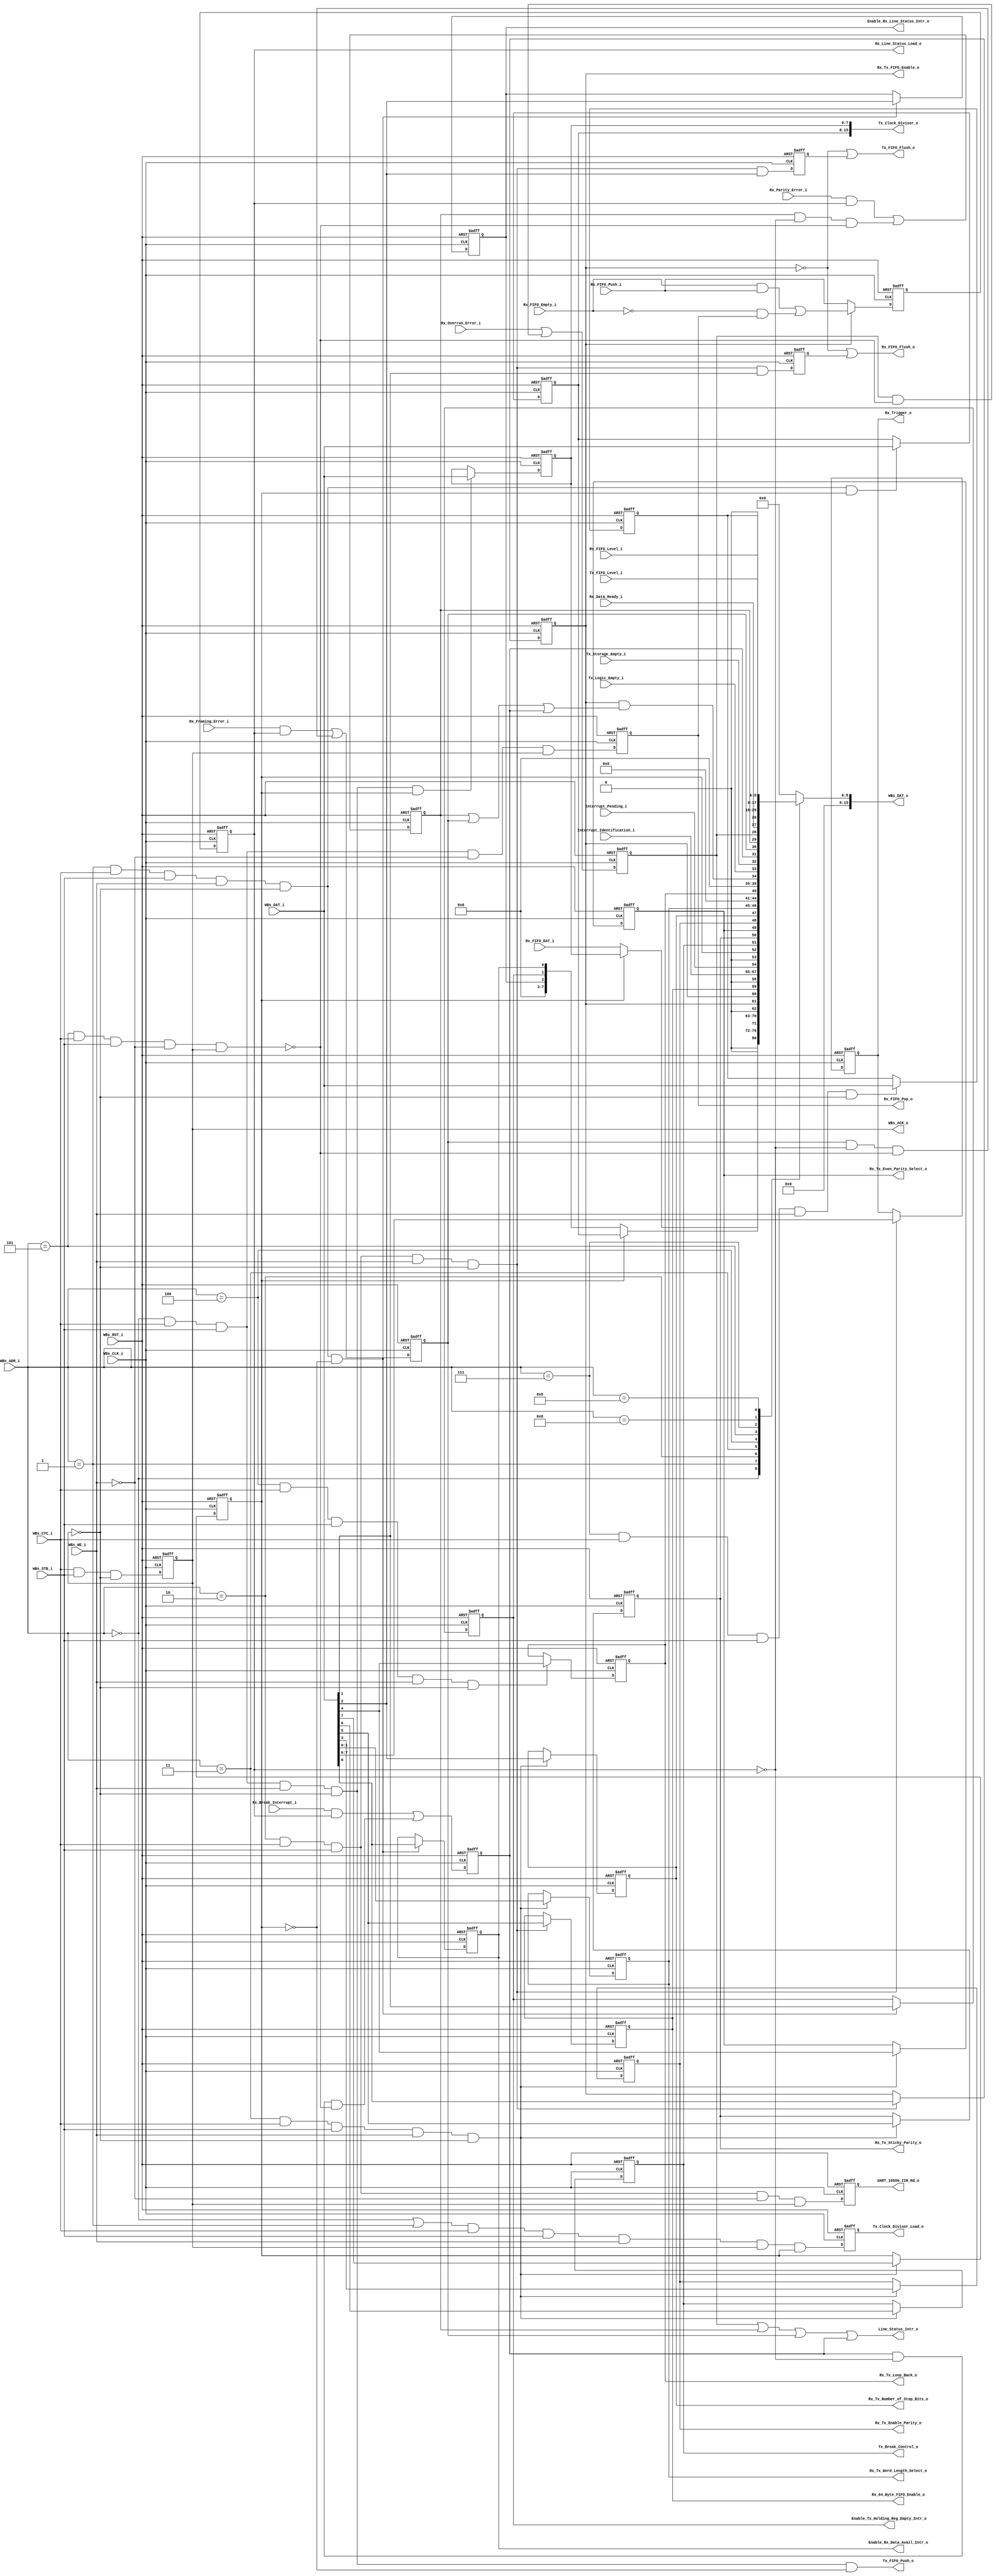
// -----------------------------------------------------------------------------
// title          : UART 16550 Register Module
// project        : Tamar2 Device
// -----------------------------------------------------------------------------
// company        : QuickLogic Corp
// last update    : 2016/02/22
// platform       : ArcticLink 4 S3B
// standard       : Verilog 2001
// -----------------------------------------------------------------------------
// description: The UART 16550 is designed for use in the fabric of the
//              AL4S3B. The only AL4S3B specific portion are the Rx and Tx
//              FIFOs. The remaining logic is a generic UART based on a single
//              clock network. There are no derived clocks as in some designs.
// -----------------------------------------------------------------------------
// copyright (c) 2016
// -----------------------------------------------------------------------------
// revisions  :
// date            version    author         description
// 2016/02/03      1.0        Glen Gomes     Initial Release
//
// -----------------------------------------------------------------------------
// Comments: This solution is specifically for use with the QuickLogic
//           AL4S3B device. 
// -----------------------------------------------------------------------------
//

`timescale 1ns / 10ps


module UART_16550_Registers ( 

                         // AHB-To_Fabric Bridge I/F
                         //
                         WBs_ADR_i,
                         WBs_CYC_i,
                         WBs_WE_i,
                         WBs_STB_i,
                         WBs_DAT_i,
                         WBs_CLK_i,
                         WBs_RST_i,
                         WBs_DAT_o,
                         WBs_ACK_o,

                         // Tx
                         //
                         Tx_FIFO_Flush_o,
                         Tx_FIFO_Push_o,
                         Tx_FIFO_Level_i,
                         Tx_Clock_Divisor_o,
                         Tx_Clock_Divisor_Load_o,
                         Tx_Storage_Empty_i,
                         Tx_Logic_Empty_i,
                         Tx_Break_Control_o,

                         // Rx
                         //
                         Rx_FIFO_Empty_i,
                         Rx_FIFO_Level_i,

                         Rx_FIFO_Flush_o,
                         Rx_FIFO_Push_i,
                         Rx_FIFO_Pop_o,
                         Rx_FIFO_DAT_i,
                         Rx_Data_Ready_i,

                         Rx_Overrun_Error_i,
                         Rx_Parity_Error_i,
                         Rx_Framing_Error_i,
                         Rx_Break_Interrupt_i,

                         Rx_Line_Status_Load_o,

                         // Rx & Tx Common Signals
                         //
                         Rx_Tx_FIFO_Enable_o,

                         Rx_Tx_Word_Length_Select_o,
                         Rx_Tx_Number_of_Stop_Bits_o,
                         Rx_Tx_Enable_Parity_o,
                         Rx_Tx_Even_Parity_Select_o,
                         Rx_Tx_Sticky_Parity_o,

                         Rx_Tx_Loop_Back_o,

                         // Interrupt
                         Rx_64_Byte_FIFO_Enable_o,
                         Rx_Trigger_o,

                         Interrupt_Pending_i,
                         Interrupt_Identification_i,

                         Enable_Rx_Data_Avail_Intr_o,
                         Enable_Tx_Holding_Reg_Empty_Intr_o,
                         Enable_Rx_Line_Status_Intr_o,

                         Line_Status_Intr_o,

                         UART_16550_IIR_Rd_o

                         );


//------Port Parameters----------------
//

parameter                ADDRWIDTH                   =   4;   // Allow for up to 128 registers in the fabric
parameter                DATAWIDTH                   =   8;   // Allow for up to 128 registers in the fabric

parameter                UART_16550_RBR              =  4'h0; // Receiver    Buffer   Register -> Read  Only; DLAB = 0
parameter                UART_16550_THR              =  4'h0; // Transmitter Holding  Register -> Write Only; DLAB = 0
parameter                UART_16550_IER              =  4'h1; // Interrupt   Enable   Register -> R/W       ; DLAB = 0
parameter                UART_16550_IIR              =  4'h2; // Interrupt   ID       Register -> Read  Only; DLAB = x
parameter                UART_16550_FCR              =  4'h2; // FIFO        Control  Register -> Write Only; DLAB = x
parameter                UART_16550_LCR              =  4'h3; // Line        Control  Register -> R/W       ; DLAB = x
parameter                UART_16550_MCR              =  4'h4; // Modem       Control  Register -> R/W       ; DLAB = x
parameter                UART_16550_LSR              =  4'h5; // Line        Status   Register -> R         ; DLAB = x
parameter                UART_16550_MSR              =  4'h6; // Modem       Status   Register -> R         ; DLAB = x
parameter                UART_16550_SCR              =  4'h7; // Scratch              Register -> R/W       ; DLAB = x
parameter                UART_16550_DLL              =  4'h0; // Divisor     Latch LS Register -> R/W       ; DLAB = 1
parameter                UART_16550_DLM              =  4'h1; // Divisor     Latch MS Register -> R/W       ; DLAB = 1
parameter                UART_16550_RX_FIFO_LEVEL    =  4'h8; // Extended    Register Register -> R         ; DLAB = x
parameter                UART_16550_TX_FIFO_LEVEL    =  4'h9; // Extended    Register Register -> R         ; DLAB = x


parameter                UART_16550_IER_DEFAULT      =  8'h0; // Interrupt   Enable   Register -> R/W       ; DLAB = 0
parameter                UART_16550_FCR_DEFAULT      =  8'h0; // FIFO        Control  Register -> Write Only; DLAB = x
parameter                UART_16550_LCR_DEFAULT      =  8'h0; // Line        Control  Register -> R/W       ; DLAB = x
parameter                UART_16550_MCR_DEFAULT      =  8'h0; // Modem       Control  Register -> R/W       ; DLAB = x
parameter                UART_16550_SCR_DEFAULT      =  8'h0; // Scratch              Register -> R/W       ; DLAB = x
parameter                UART_16550_DLL_DEFAULT      =  8'h0; // Divisor     Latch LS Register -> R/W       ; DLAB = 1
parameter                UART_16550_DLM_DEFAULT      =  8'h0; // Divisor     Latch MS Register -> R/W       ; DLAB = 1


//------Port Signals-------------------
//

// AHB-To_Fabric Bridge I/F
//
input   [ADDRWIDTH-1:0]  WBs_ADR_i;           // Address Bus                to   Fabric
input                    WBs_CYC_i;           // Cycle Chip Select          to   Fabric
input                    WBs_WE_i;            // Write Enable               to   Fabric
input                    WBs_STB_i;           // Strobe Signal              to   Fabric
input   [DATAWIDTH-1:0]  WBs_DAT_i;           // Write Data Bus             to   Fabric
input                    WBs_CLK_i;           // Fabric Clock               from Fabric
input                    WBs_RST_i;           // Fabric Reset               to   Fabric
output           [15:0]  WBs_DAT_o;           // Read Data Bus              from Fabric
output                   WBs_ACK_o;           // Transfer Cycle Acknowledge from Fabric

// Tx
//
output                   Tx_FIFO_Flush_o;
output                   Tx_FIFO_Push_o;
input             [8:0]  Tx_FIFO_Level_i;
output           [15:0]  Tx_Clock_Divisor_o;
output                   Tx_Clock_Divisor_Load_o;
input                    Tx_Storage_Empty_i;
input                    Tx_Logic_Empty_i;
output                   Tx_Break_Control_o;

// Rx
//
input                    Rx_FIFO_Empty_i;
input             [8:0]  Rx_FIFO_Level_i;

output                   Rx_FIFO_Flush_o;
input                    Rx_FIFO_Push_i;
output                   Rx_FIFO_Pop_o;
input             [7:0]  Rx_FIFO_DAT_i;
input                    Rx_Data_Ready_i;

input                    Rx_Overrun_Error_i;
input                    Rx_Parity_Error_i;
input                    Rx_Framing_Error_i;
input                    Rx_Break_Interrupt_i;

output                   Rx_Line_Status_Load_o;

// Common to Rx and Tx
//
output                   Rx_Tx_FIFO_Enable_o;

output            [1:0]  Rx_Tx_Word_Length_Select_o;
output                   Rx_Tx_Number_of_Stop_Bits_o;
output                   Rx_Tx_Enable_Parity_o;
output                   Rx_Tx_Even_Parity_Select_o;
output                   Rx_Tx_Sticky_Parity_o;

output                   Rx_Tx_Loop_Back_o;

// Interrupt
//
output                   Rx_64_Byte_FIFO_Enable_o;
output            [1:0]  Rx_Trigger_o;

input                    Interrupt_Pending_i;
input             [2:0]  Interrupt_Identification_i;

output                   Enable_Rx_Data_Avail_Intr_o;
output                   Enable_Tx_Holding_Reg_Empty_Intr_o;
output                   Enable_Rx_Line_Status_Intr_o;

output                   Line_Status_Intr_o;

output                   UART_16550_IIR_Rd_o;


// Fabric Global Signals
//
wire                     WBs_CLK_i;         // Wishbone Fabric Clock
wire                     WBs_RST_i;         // Wishbone Fabric Reset

// Wishbone Bus Signals
//
wire    [ADDRWIDTH-1:0]  WBs_ADR_i;        // Wishbone Address Bus
wire                     WBs_CYC_i;        // Wishbone Client Cycle  Strobe (i.e. Chip Select)
wire                     WBs_WE_i;         // Wishbone Write  Enable Strobe
wire                     WBs_STB_i;        // Wishbone Transfer      Strobe
wire    [DATAWIDTH-1:0]  WBs_DAT_i;        // Wishbone Write  Data Bus
 
reg              [15:0]  WBs_DAT_o;        // Wishbone Read   Data Bus

reg                      WBs_ACK_o;        // Wishbone Client Acknowledge


// Tx
//
wire                     Tx_FIFO_Flush_o;
wire                     Tx_FIFO_Push_o;
wire              [8:0]  Tx_FIFO_Level_i;

wire             [15:0]  Tx_Clock_Divisor_o;

reg                      Tx_Clock_Divisor_Load_o;
wire                     Tx_Clock_Divisor_Load_o_nxt;

wire                     Tx_Storage_Empty_i;
wire                     Tx_Logic_Empty_i;
wire                     Tx_Break_Control_o;

// Rx
//
wire                     Rx_FIFO_Empty_i;
wire              [8:0]  Rx_FIFO_Level_i;

wire                     Rx_FIFO_Flush_o;
wire                     Rx_FIFO_Push_i;
reg                      Rx_FIFO_Pop_o;           // Receiver Buffer      Register -> Read  Only; DLAB = 0
wire              [7:0]  Rx_FIFO_DAT_i;
wire                     Rx_Data_Ready_i;

wire                     Rx_Overrun_Error_i;
wire                     Rx_Parity_Error_i;
wire                     Rx_Framing_Error_i;
wire                     Rx_Break_Interrupt_i;

reg                      Rx_Line_Status_Load_o;
reg                      Rx_Line_Status_Load_o_prop_dly;
wire                     Rx_Line_Status_Load_o_nxt;

// Common to Rx and Tx
//
wire                     Rx_Tx_FIFO_Enable_o;

wire              [1:0]  Rx_Tx_Word_Length_Select_o;
wire                     Rx_Tx_Number_of_Stop_Bits_o;
wire                     Rx_Tx_Enable_Parity_o;
wire                     Rx_Tx_Even_Parity_Select_o;
wire                     Rx_Tx_Sticky_Parity_o;

wire                     Rx_Tx_Loop_Back_o;

// Interrupt
//
wire                     Rx_64_Byte_FIFO_Enable_o;
wire              [1:0]  Rx_Trigger_o;

wire                     Interrupt_Pending_i;
wire              [2:0]  Interrupt_Identification_i;

wire                     Enable_Rx_Data_Avail_Intr_o;
wire                     Enable_Tx_Holding_Reg_Empty_Intr_o;
wire                     Enable_Rx_Line_Status_Intr_o;

wire                     Line_Status_Intr_o;

reg                      UART_16550_IIR_Rd_o;


//------Define Parameters--------------
//

//
// None at this time
//

//------Internal Signals---------------
//

wire                     UART_16550_RBR_Rd_Dcd;   // Receiver Buffer      Register -> Read  Only; DLAB = 0

wire                     UART_16550_LSR_Rd_Dcd;   // Modem Status         Register -> Read  Only; DLAB = 0

wire                     UART_16550_IIR_Rd_Dcd;   // Interrupt   ID       Register -> Read  Only; DLAB = x

wire                     UART_16550_THR_Wr_Dcd;   // Transmitter Holding  Register -> Write Only; DLAB = 0
wire                     UART_16550_IER_Wr_Dcd;   // Interrupt   Enable   Register -> R/W       ; DLAB = 0
wire                     UART_16550_FCR_Wr_Dcd;   // FIFO        Control  Register -> Write Only; DLAB = x
wire                     UART_16550_LCR_Wr_Dcd;   // Line        Control  Register -> R/W       ; DLAB = x
wire                     UART_16550_MCR_Wr_Dcd;   // Modem       Control  Register -> R/W       ; DLAB = x
wire                     UART_16550_SCR_Wr_Dcd;   // Scratch              Register -> R/W       ; DLAB = x
wire                     UART_16550_DLL_Wr_Dcd;   // Divisor     Latch LS Register -> R/W       ; DLAB = 1
wire                     UART_16550_DLM_Wr_Dcd;   // Divisor     Latch MS Register -> R/W       ; DLAB = 1


// Interrupt Enable Register
//
reg                      IER_Enable_Rx_Data_Avail_Intr;
reg                      IER_Enable_Tx_Holding_Reg_Empty_Intr;
reg                      IER_Enable_Rx_Line_Status_Intr;


// Interrupt Identification Register
//
wire                     IIR_Interrupt_Pending;
wire              [2:0]  IIR_Interrupt_Identification;


// FIFO Control Register
//
reg                      FCR_Enable_FIFO;

reg                      FCR_Rx_FIFO_Rst;
wire                     FCR_Rx_FIFO_Rst_nxt;

reg                      FCR_Tx_FIFO_Rst;
wire                     FCR_Tx_FIFO_Rst_nxt;

reg                      FCR_64_Byte_FIFO_Enable; // Reserved bit

reg               [1:0]  FCR_Rx_Trigger;


// Line Control Register
//
reg               [1:0]  LCR_Word_Length_Select;
reg                      LCR_Number_of_Stop_Bits;
reg                      LCR_Enable_Parity;
reg                      LCR_Even_Parity_Select;
reg                      LCR_Sticky_Parity;
reg                      LCR_Break_Control;
reg                      LCR_Divisor_Latch_Access_Bit;

wire              [7:0]  LCR_DLAB_Adr0_Sel;
wire              [7:0]  LCR_DLAB_Adr1_Sel;


// Modem Control Register
//
reg                      MCR_Loop_Back;


// Line Status Register
//
wire                     LSR_Rx_Data_Ready;

reg                      LSR_Rx_Overrun_Error;
wire                     LSR_Rx_Overrun_Error_nxt;

reg                      LSR_Rx_Parity_Error;
wire                     LSR_Rx_Parity_Error_nxt;

reg                      LSR_Rx_Framing_Error;
wire                     LSR_Rx_Framing_Error_nxt;

reg                      LSR_Rx_Break_Interrupt;
wire                     LSR_Rx_Break_Interrupt_nxt;

wire                     LSR_Tx_Storage_Empty;
wire                     LSR_Tx_Logic_Empty;
wire                     LSR_Rx_FIFO_Data_Error;


// Scratch Register
//
reg               [7:0]  SCR_Scratch_Reg;


// Divisor Registers
//
reg               [7:0]  DLL_Divisor_LSB_Reg;
reg               [7:0]  DLM_Divisor_MSB_Reg;


//------Logic Operations---------------
//

// Determine each register decode
//
assign UART_16550_RBR_Rd_Dcd = ( WBs_ADR_i == UART_16550_RBR) & WBs_CYC_i & WBs_STB_i & (~WBs_WE_i)  & ( WBs_ACK_o)                                   ;
assign UART_16550_LSR_Rd_Dcd = ( WBs_ADR_i == UART_16550_LSR) & WBs_CYC_i & WBs_STB_i & (~WBs_WE_i)  & ( WBs_ACK_o)                                   ;
assign UART_16550_IIR_Rd_Dcd = ( WBs_ADR_i == UART_16550_IIR) & WBs_CYC_i & WBs_STB_i & (~WBs_WE_i)  & ( WBs_ACK_o)                                   ;

assign UART_16550_THR_Wr_Dcd = ( WBs_ADR_i == UART_16550_THR) & WBs_CYC_i & WBs_STB_i &   WBs_WE_i   & (~WBs_ACK_o) & (~LCR_Divisor_Latch_Access_Bit) ;
assign UART_16550_IER_Wr_Dcd = ( WBs_ADR_i == UART_16550_IER) & WBs_CYC_i & WBs_STB_i &   WBs_WE_i   & (~WBs_ACK_o) & (~LCR_Divisor_Latch_Access_Bit) ;
assign UART_16550_FCR_Wr_Dcd = ( WBs_ADR_i == UART_16550_FCR) & WBs_CYC_i & WBs_STB_i &   WBs_WE_i   & (~WBs_ACK_o)                                   ;
assign UART_16550_LCR_Wr_Dcd = ( WBs_ADR_i == UART_16550_LCR) & WBs_CYC_i & WBs_STB_i &   WBs_WE_i   & (~WBs_ACK_o)                                   ;
assign UART_16550_MCR_Wr_Dcd = ( WBs_ADR_i == UART_16550_MCR) & WBs_CYC_i & WBs_STB_i &   WBs_WE_i   & (~WBs_ACK_o)                                   ;
assign UART_16550_SCR_Wr_Dcd = ( WBs_ADR_i == UART_16550_SCR) & WBs_CYC_i & WBs_STB_i &   WBs_WE_i   & (~WBs_ACK_o)                                   ;
assign UART_16550_DLL_Wr_Dcd = ( WBs_ADR_i == UART_16550_DLL) & WBs_CYC_i & WBs_STB_i &   WBs_WE_i   & (~WBs_ACK_o) &   LCR_Divisor_Latch_Access_Bit  ;
assign UART_16550_DLM_Wr_Dcd = ( WBs_ADR_i == UART_16550_DLM) & WBs_CYC_i & WBs_STB_i &   WBs_WE_i   & (~WBs_ACK_o) &   LCR_Divisor_Latch_Access_Bit  ;


// Detemine when to load the Divisor into the Baud 16x counter of the Tx Logic
//
assign Tx_Clock_Divisor_Load_o_nxt = (( WBs_ADR_i == UART_16550_DLL)
                                   |  ( WBs_ADR_i == UART_16550_DLM)) & WBs_CYC_i & WBs_STB_i &   WBs_WE_i   & ( WBs_ACK_o) & LCR_Divisor_Latch_Access_Bit;


// Define the Acknowledge back to the host for registers
//
assign WBs_ACK_o_nxt         =   WBs_CYC_i & WBs_STB_i & (~WBs_ACK_o);


// Determine the FIFO "Flush" bits
//
// Note: These bits are self clearing after flushing the target FIFO(s)
//
assign FCR_Rx_FIFO_Rst_nxt   =   (UART_16550_FCR_Wr_Dcd) & WBs_DAT_i[1];
assign FCR_Tx_FIFO_Rst_nxt   =   (UART_16550_FCR_Wr_Dcd) & WBs_DAT_i[2];


// Define the Fabric's Local Registers
//
always @( posedge WBs_CLK_i or posedge WBs_RST_i)
begin
    if (WBs_RST_i)
    begin

        Rx_FIFO_Pop_o                        <=  1'b0;

        // Interrupt Enable Register
        //
        IER_Enable_Rx_Data_Avail_Intr        <= UART_16550_IER_DEFAULT[0]  ;
        IER_Enable_Tx_Holding_Reg_Empty_Intr <= UART_16550_IER_DEFAULT[1]  ;
        IER_Enable_Rx_Line_Status_Intr       <= UART_16550_IER_DEFAULT[2]  ;

        // FIFO Control Register
        //
        FCR_Enable_FIFO                      <= UART_16550_FCR_DEFAULT[0]  ;
        FCR_Rx_FIFO_Rst                      <= UART_16550_FCR_DEFAULT[1]  ;
        FCR_Tx_FIFO_Rst                      <= UART_16550_FCR_DEFAULT[2]  ;
        FCR_64_Byte_FIFO_Enable              <= UART_16550_FCR_DEFAULT[5]  ; // Reserved bit
        FCR_Rx_Trigger                       <= UART_16550_FCR_DEFAULT[7:6];

        // Line Control Register
        //
        LCR_Word_Length_Select               <= UART_16550_LCR_DEFAULT[1:0];
        LCR_Number_of_Stop_Bits              <= UART_16550_LCR_DEFAULT[2]  ;
        LCR_Enable_Parity                    <= UART_16550_LCR_DEFAULT[3]  ;
        LCR_Even_Parity_Select               <= UART_16550_LCR_DEFAULT[4]  ;
        LCR_Sticky_Parity                    <= UART_16550_LCR_DEFAULT[5]  ;
        LCR_Break_Control                    <= UART_16550_LCR_DEFAULT[6]  ;
        LCR_Divisor_Latch_Access_Bit         <= UART_16550_LCR_DEFAULT[7]  ;

        // Modem Control Register
        //
        MCR_Loop_Back                        <= UART_16550_MCR_DEFAULT[4]  ;

        // Line Status Register
        LSR_Rx_Overrun_Error                 <=  1'b0;
        LSR_Rx_Parity_Error                  <=  1'b0;
        LSR_Rx_Framing_Error                 <=  1'b0;
        LSR_Rx_Break_Interrupt               <=  1'b0;

        Rx_Line_Status_Load_o                <=  1'b0;
        Rx_Line_Status_Load_o_prop_dly       <=  1'b0;

        // Scratch Register
        //
        SCR_Scratch_Reg                      <= UART_16550_SCR_DEFAULT;

        // Divisor Registers
        //
        DLL_Divisor_LSB_Reg                  <= UART_16550_DLL_DEFAULT;
        DLM_Divisor_MSB_Reg                  <= UART_16550_DLM_DEFAULT;

        Tx_Clock_Divisor_Load_o              <=  1'b0;
		
        UART_16550_IIR_Rd_o                  <=  1'b0;

        WBs_ACK_o                            <=  1'b0;
    end  
    else
    begin

	    // Delay this clock enable by one cycle past ACK to guarantee hold
		// time into the ASSP during the read operation.
		//
        Rx_FIFO_Pop_o                            <=  UART_16550_RBR_Rd_Dcd;

        // Interrupt Enable Register
        //
        if (UART_16550_IER_Wr_Dcd)
        begin
            IER_Enable_Rx_Data_Avail_Intr        <=  WBs_DAT_i[0];
            IER_Enable_Tx_Holding_Reg_Empty_Intr <=  WBs_DAT_i[1];
            IER_Enable_Rx_Line_Status_Intr       <=  WBs_DAT_i[2];
        end

        // FIFO Control Register
        //
        if (UART_16550_FCR_Wr_Dcd)
        begin
            FCR_Enable_FIFO                      <=  WBs_DAT_i[0];
            FCR_64_Byte_FIFO_Enable              <=  WBs_DAT_i[5]; // Reserved bit
            FCR_Rx_Trigger                       <=  WBs_DAT_i[7:6];
        end

        // These bits should be self clearing after "Flushing" the FIFO(s)
        //
        FCR_Rx_FIFO_Rst                          <=  FCR_Rx_FIFO_Rst_nxt;
        FCR_Tx_FIFO_Rst                          <=  FCR_Tx_FIFO_Rst_nxt;

        // Line Control Register
        //
        if (UART_16550_LCR_Wr_Dcd)
        begin
            LCR_Word_Length_Select               <=  WBs_DAT_i[1:0];
            LCR_Number_of_Stop_Bits              <=  WBs_DAT_i[2];
            LCR_Enable_Parity                    <=  WBs_DAT_i[3];
            LCR_Even_Parity_Select               <=  WBs_DAT_i[4];
            LCR_Sticky_Parity                    <=  WBs_DAT_i[5];
            LCR_Break_Control                    <=  WBs_DAT_i[6];
            LCR_Divisor_Latch_Access_Bit         <=  WBs_DAT_i[7];
        end

        // Modem Control Register
        //
        if (UART_16550_MCR_Wr_Dcd)
        begin
            MCR_Loop_Back                        <=  WBs_DAT_i[4];
        end

        // Line Status Register
        //
        // Note: These registers are cleared by a read from the LSR
        //
        LSR_Rx_Overrun_Error                     <=  LSR_Rx_Overrun_Error_nxt  ;
        LSR_Rx_Parity_Error                      <=  LSR_Rx_Parity_Error_nxt   ;
        LSR_Rx_Framing_Error                     <=  LSR_Rx_Framing_Error_nxt  ;
        LSR_Rx_Break_Interrupt                   <=  LSR_Rx_Break_Interrupt_nxt;

        Rx_Line_Status_Load_o                    <=  Rx_Line_Status_Load_o_prop_dly ;
        Rx_Line_Status_Load_o_prop_dly           <=  Rx_Line_Status_Load_o_nxt      ;

        // Define the Scratch Register 
        //
        if(UART_16550_SCR_Wr_Dcd)
			SCR_Scratch_Reg                      <=  WBs_DAT_i;

        // Divisor Registers
        //
        if(UART_16550_DLL_Wr_Dcd)
            DLL_Divisor_LSB_Reg                  <=  WBs_DAT_i;
 
        if(UART_16550_DLM_Wr_Dcd)
            DLM_Divisor_MSB_Reg                  <=  WBs_DAT_i;

        Tx_Clock_Divisor_Load_o                  <=  Tx_Clock_Divisor_Load_o_nxt;


	    // Delay this clock enable by one cycle past ACK to guarantee hold
		// time into the ASSP during the read operation.
		//
        UART_16550_IIR_Rd_o                      <=  UART_16550_IIR_Rd_Dcd;

        WBs_ACK_o                                <=  WBs_ACK_o_nxt;
    end  
end


// Select the correct data source for the Divisor Latch Access Bit (DLAB)
//
assign LCR_DLAB_Adr0_Sel = LCR_Divisor_Latch_Access_Bit ?          DLL_Divisor_LSB_Reg
		                                                :          Rx_FIFO_DAT_i                         ;

assign LCR_DLAB_Adr1_Sel = LCR_Divisor_Latch_Access_Bit ?          DLM_Divisor_MSB_Reg                        
		                                                : {  5'h0, IER_Enable_Rx_Line_Status_Intr        ,
                                                                   IER_Enable_Tx_Holding_Reg_Empty_Intr  ,
                                                                   IER_Enable_Rx_Data_Avail_Intr        };

// Define the how to read the local registers and memory
//
always @(
         WBs_ADR_i                     or
         FCR_Enable_FIFO               or
         FCR_64_Byte_FIFO_Enable       or
         IIR_Interrupt_Pending         or
         IIR_Interrupt_Identification  or
         LCR_DLAB_Adr0_Sel             or 
         LCR_DLAB_Adr1_Sel             or
         LCR_Divisor_Latch_Access_Bit  or
         LCR_Break_Control             or 
         LCR_Sticky_Parity             or 
         LCR_Even_Parity_Select        or 
         LCR_Enable_Parity             or 
         LCR_Number_of_Stop_Bits       or
         LCR_Word_Length_Select        or
         MCR_Loop_Back                 or 
         LSR_Rx_FIFO_Data_Error        or
         LSR_Tx_Logic_Empty            or
         LSR_Tx_Storage_Empty          or
         LSR_Rx_Break_Interrupt        or
         LSR_Rx_Framing_Error          or
         LSR_Rx_Parity_Error           or
         LSR_Rx_Overrun_Error          or
         LSR_Rx_Data_Ready             or
		 SCR_Scratch_Reg               or
         Rx_FIFO_Level_i               or
         Tx_FIFO_Level_i
 )
 begin
    case(WBs_ADR_i[3:0])
	4'h0                     : WBs_DAT_o  <= { 8'h0, LCR_DLAB_Adr0_Sel             }; // Controlled by the DLAB bit
	4'h1                     : WBs_DAT_o  <= { 8'h0, LCR_DLAB_Adr1_Sel             }; // Controlled by the DLAB bit
    UART_16550_IIR           : WBs_DAT_o  <= { 8'h0, FCR_Enable_FIFO                ,
                                                     FCR_Enable_FIFO                ,
                                                     FCR_64_Byte_FIFO_Enable        ,
                                               1'b0, IIR_Interrupt_Identification   ,
                                                     IIR_Interrupt_Pending         };
    UART_16550_LCR           : WBs_DAT_o  <= { 8'h0, LCR_Divisor_Latch_Access_Bit   ,
                                                     LCR_Break_Control              ,
                                                     LCR_Sticky_Parity              ,
                                                     LCR_Even_Parity_Select         ,
                                                     LCR_Enable_Parity              ,
                                                     LCR_Number_of_Stop_Bits        ,
                                                     LCR_Word_Length_Select        };
    UART_16550_MCR           : WBs_DAT_o  <= {11'h0, MCR_Loop_Back                  ,
                                               4'h0                                }; 
    UART_16550_LSR           : WBs_DAT_o  <= { 8'h0, LSR_Rx_FIFO_Data_Error         ,
                                                     LSR_Tx_Logic_Empty             ,
                                                     LSR_Tx_Storage_Empty           ,
                                                     LSR_Rx_Break_Interrupt         ,
                                                     LSR_Rx_Framing_Error           ,
                                                     LSR_Rx_Parity_Error            ,
                                                     LSR_Rx_Overrun_Error           ,
                                                     LSR_Rx_Data_Ready             };
    UART_16550_MSR           : WBs_DAT_o  <=  16'h0                                 ;
    UART_16550_SCR           : WBs_DAT_o  <= { 8'h0, SCR_Scratch_Reg               }; 
    UART_16550_RX_FIFO_LEVEL : WBs_DAT_o  <= { 7'h0, Rx_FIFO_Level_i               }; // Extended Register 
    UART_16550_TX_FIFO_LEVEL : WBs_DAT_o  <= { 7'h0, Tx_FIFO_Level_i               }; // Extended Register 
	default                  : WBs_DAT_o  <=  16'h0                                 ;
	endcase
end


// Determine when to Push data into the Transmit FIFO
//
assign Tx_FIFO_Push_o                     =   UART_16550_THR_Wr_Dcd                ;


//
// Determine the Interrupt Controller Logic
//

assign IIR_Interrupt_Pending              =   Interrupt_Pending_i                  ;
assign IIR_Interrupt_Identification       =   Interrupt_Identification_i           ;

assign Enable_Rx_Data_Avail_Intr_o        =   IER_Enable_Rx_Data_Avail_Intr        ;
assign Enable_Tx_Holding_Reg_Empty_Intr_o =   IER_Enable_Tx_Holding_Reg_Empty_Intr ;
assign Enable_Rx_Line_Status_Intr_o       =   IER_Enable_Rx_Line_Status_Intr       ;

//
// FIFO Control Logic
//
assign Rx_Tx_FIFO_Enable_o                =   FCR_Enable_FIFO                      ;
assign Rx_FIFO_Flush_o                    = (~FCR_Enable_FIFO) | FCR_Rx_FIFO_Rst   ;
assign Tx_FIFO_Flush_o                    = (~FCR_Enable_FIFO) | FCR_Tx_FIFO_Rst   ;
assign Rx_Trigger_o                       =   FCR_Rx_Trigger                       ;
assign Rx_64_Byte_FIFO_Enable_o           =   FCR_64_Byte_FIFO_Enable              ;


//
// Line Control
//
assign Rx_Tx_Word_Length_Select_o         =   LCR_Word_Length_Select  ;
assign Rx_Tx_Number_of_Stop_Bits_o        =   LCR_Number_of_Stop_Bits ;
assign Rx_Tx_Enable_Parity_o              =   LCR_Enable_Parity       ;
assign Rx_Tx_Even_Parity_Select_o         =   LCR_Even_Parity_Select  ;
assign Rx_Tx_Sticky_Parity_o              =   LCR_Sticky_Parity       ;
assign Tx_Break_Control_o                 =   LCR_Break_Control       ; // Determine when to force a "Break" output (i.e. hold Tx low)


//
// Modem Control
//
assign Rx_Tx_Loop_Back_o                  =   MCR_Loop_Back           ;


//
// Capture various Line Status Error conditions
//
// Note: Each error condition should be updated on each new Serial Stream capture.
//
//       The value should be held until read. When read, the value is cleared.
//
assign  LSR_Rx_Overrun_Error_nxt          =  (     Rx_Overrun_Error_i                               )
                                          |  ( LSR_Rx_Overrun_Error                                   & (~UART_16550_LSR_Rd_Dcd ));

assign  LSR_Rx_Parity_Error_nxt           =  (      Rx_Parity_Error_i     &   Rx_Line_Status_Load_o )  
                                          |  (  LSR_Rx_Parity_Error       & (~Rx_Line_Status_Load_o ) & (~UART_16550_LSR_Rd_Dcd ));

assign  LSR_Rx_Framing_Error_nxt          =  (     Rx_Framing_Error_i     &   Rx_Line_Status_Load_o )
                                          |  ( LSR_Rx_Framing_Error       & (~Rx_Line_Status_Load_o ) & (~UART_16550_LSR_Rd_Dcd ));

assign  LSR_Rx_Break_Interrupt_nxt        =  (     Rx_Break_Interrupt_i   &   Rx_Line_Status_Load_o )
                                          |  ( LSR_Rx_Break_Interrupt     & (~Rx_Line_Status_Load_o ) & (~UART_16550_LSR_Rd_Dcd ));

assign Rx_Line_Status_Load_o_nxt          =        Rx_Tx_FIFO_Enable_o    ? (  Rx_FIFO_Empty_i        &   Rx_FIFO_Push_i         )
                                                                          | ((~Rx_FIFO_Empty_i)       &   Rx_FIFO_Pop_o          )
													                      :                               Rx_FIFO_Push_i          ;

//
// Line Status
//
assign LSR_Rx_Data_Ready                  =   Rx_Data_Ready_i         ;
assign LSR_Tx_Storage_Empty               =   Tx_Storage_Empty_i      ;
assign LSR_Tx_Logic_Empty                 =   Tx_Logic_Empty_i        ;
assign LSR_Rx_FIFO_Data_Error             =   FCR_Enable_FIFO
                                          & ( LSR_Rx_Parity_Error 
                                          |   LSR_Rx_Framing_Error 
										  |   LSR_Rx_Break_Interrupt );

//
// Define the Line Status Register Interrupt
//
// Note: This line should be pulsed every time a new value becomes available.
//       This makes sure that the corresponding interrupt is updated.
//       Specifically, if there are several bad serial streams in a row that
//       have errors, the interrupt bit should be update for each value;
//       otherwise, the first will be capture and cleared (at the interrupt
//       controller) but the next values are not captured and cleared (at the 
//       interrupt controller). The interrupt controller would see a constant
//       value on the interrupt line and not know that the error re-occurs in 
//       multiple serial streams.
//
assign Line_Status_Intr_o                 =   LSR_Rx_Overrun_Error 
                                          |   LSR_Rx_Parity_Error 
                                          |   LSR_Rx_Framing_Error 
										  |   LSR_Rx_Break_Interrupt  ;


// Determine the System Clock Divider
//
// Note: This sets the base BAUDx16 clock rate.
//
//       A value of "0" means no scaling.
//
assign Tx_Clock_Divisor_o                 = { DLM_Divisor_MSB_Reg, 
                                              DLL_Divisor_LSB_Reg    };



endmodule